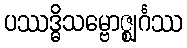
ပဿဒ္ဓိသမ္ဗောဇ္ဈင်္ဂဿ